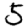
Digit: 5